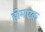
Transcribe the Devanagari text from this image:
होमएक